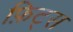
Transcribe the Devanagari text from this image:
फ़िट्स